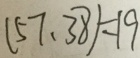
( 5 7 , 3 8 ) = 1 9